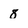
Character: 8